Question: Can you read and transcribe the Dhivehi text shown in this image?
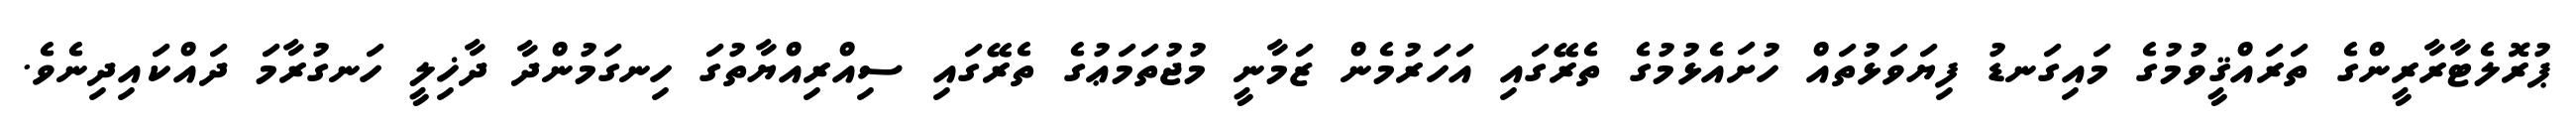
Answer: ޕުރޮލެޓާރާރީންގެ ތަރައްޤީވުމުގެ މައިގަނޑު ފިޔަވަޅުތައް ހުށައެޅުމުގެ ތެރޭގައި އަހަރުމެން ޒަމާނީ މުޖުތަމަޢުގެ ތެރޭގައި ސިއްރިއްޔާތުގަ ހިނގަމުންދާ ދާޚިލީ ހަނގުރާމަ ދައްކައިދިނެވެ.